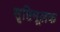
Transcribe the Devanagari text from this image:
सृष्टिमूलक